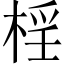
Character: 𣓆